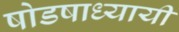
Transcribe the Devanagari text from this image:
षोडषाध्यायी